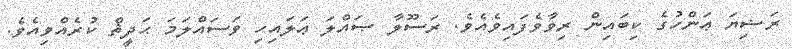
ރަޟިޔަ ޢަންހުގެ ކިބައިން ރިވާވެފައިވެއެވެ. ރަސޫލާ ޞައްލަ ޢަލައިހި ވަސައްލަމަ ޙަދީޘް ކުރެއްވިއެވެ.